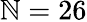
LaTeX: \mathbb{N}=26